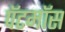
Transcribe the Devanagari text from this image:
पॅटमॉस